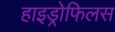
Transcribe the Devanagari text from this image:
हाइड्रोफिलस